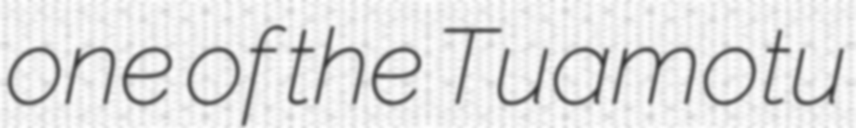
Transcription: one of the Tuamotu